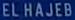
EL HAJEB